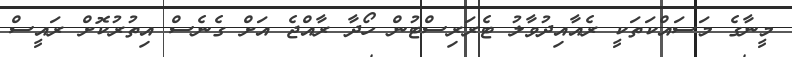
މީނާގެ މަސައްކަތަކީ ރެއާއިދުވާލު ޓެރަރިސްޓުން ހޯދާ ރާއްޖެ އަށް ގެނެސް އިތުރުކޮށް ރައީސް